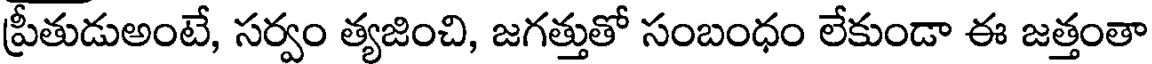
ప్రీతుడుఅంటే, సర్వం త్యజించి, జగత్తుతో సంబంధం లేకుండా ఈ జత్తంతా